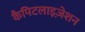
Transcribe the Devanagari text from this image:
कैपिटलाइज़ेशन